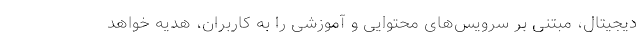
دیجیتال، مبتنی بر سرویس‌های محتوایی و آموزشی را به کاربران، هدیه خواهد